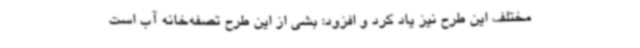
مختلف این طرح نیز یاد کرد و افزود: بشی از این طرح تصفه‌خانه آب است